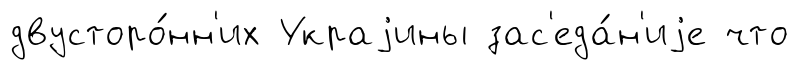
двусторо́нн'их Украjины зас'еда́н'иjе что